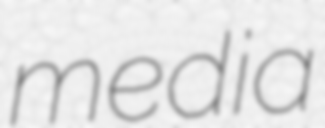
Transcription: media